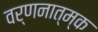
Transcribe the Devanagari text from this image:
वर्णनात्म्क